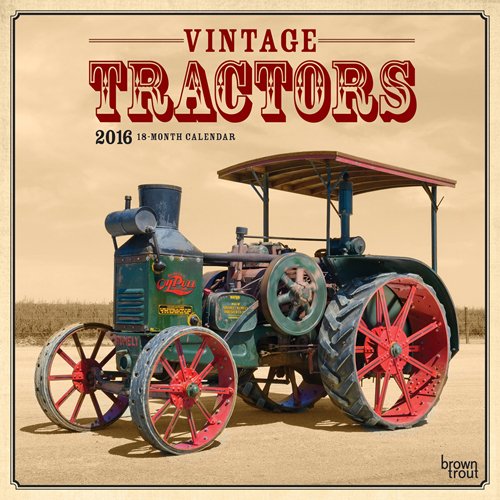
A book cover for Tractors, Vintage 2016 Square 12x12; Browntrout Publishers; Calendars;